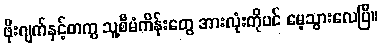
ဖိုးဂျက်နှင့်တကွ သူ့စီမံကိန်းတွေ အားလုံးကိုပင် မေ့သွားလေပြီ။